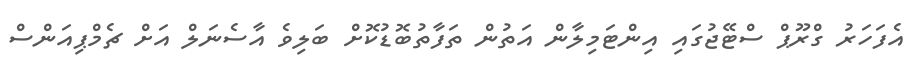
އެފަހަރު ގްރޫޕް ސްޓޭޖުގައި އިންޓަމިލާން އަތުން ތަފާތުބޮޑުކޮށް ބަލިވެ އާސެނަލް އަށް ޗެމްޕިއަންސް